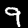
Label: 9